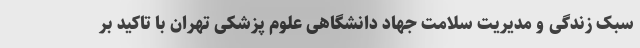
سبک زندگی و مدیریت سلامت جهاد دانشگاهی علوم پزشکی تهران با تاکید بر